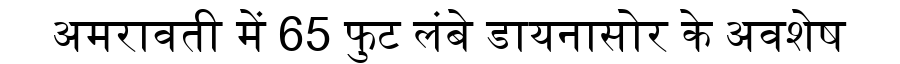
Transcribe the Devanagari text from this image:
अमरावती में 65 फुट लंबे डायनासोर के अवशेष